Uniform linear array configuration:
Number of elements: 16
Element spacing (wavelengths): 1
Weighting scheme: blackman
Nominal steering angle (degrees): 30
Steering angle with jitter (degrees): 30.236
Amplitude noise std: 0.05
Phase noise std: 0.05

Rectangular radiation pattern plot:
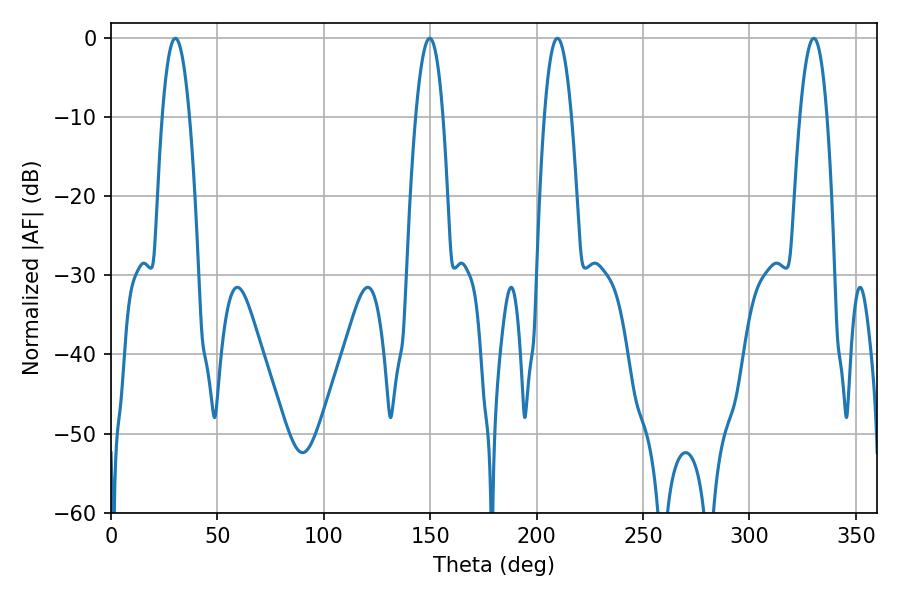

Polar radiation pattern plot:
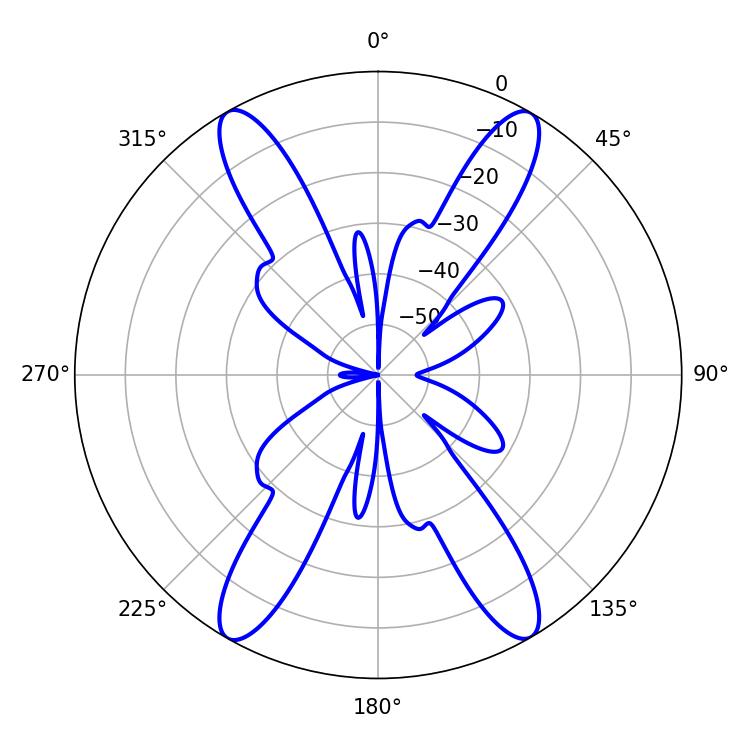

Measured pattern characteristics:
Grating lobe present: TRUE
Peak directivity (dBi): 29.305
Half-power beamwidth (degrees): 7.02
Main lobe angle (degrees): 30.24